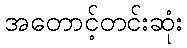
အတောင့်တင်းဆုံး